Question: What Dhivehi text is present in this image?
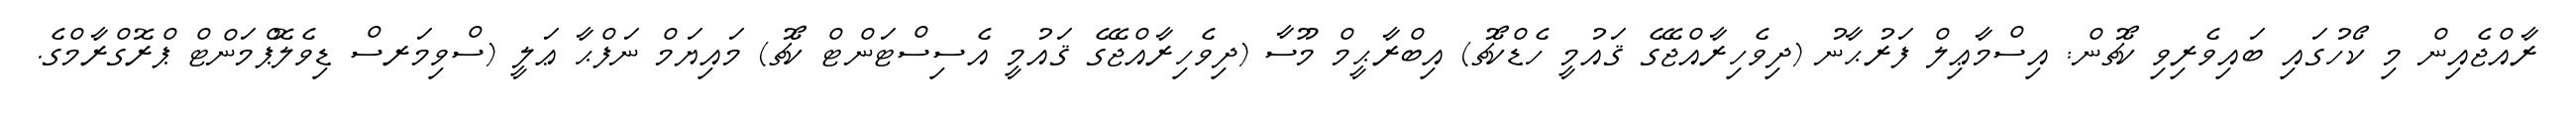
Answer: ރާއްޖެއިން މި ކޯހުގައި ބައިވެރިވި ކޯޗުން: އިސްމާޢިލް ފަރުޙާނު (ދިވެހިރާއްޖޭގެ ޤައުމީ ހެޑްކޯޗު) އިބްރާޙީމް މޫސާ (ދިވެހިރާއްޖޭގެ ޤައުމީ އެސިސްޓަންޓް ކޯޗު) މައިޔަމް ނަފްޙާ ޢަލީ (ސްވިމަރސް ޑިވެލޮޕްމަންޓް ޕްރޮގްރާމްގެ.